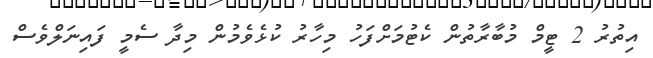
އިތުރު 2 ޓީމް މުބާރާތުން ކެޓުމަށްފަހު މިހާރު ކުޅެވެމުން މިދާ ސެމީ ފައިނަލްވެސް